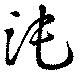
沌